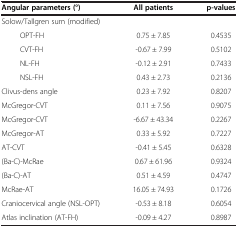
<table><thead><tr><td><b>Angular parameters (°)</b></td><td><b>All patients</b></td><td><b>p-values</b></td></tr></thead><tbody><tr><td>Solow/Tallgren sum (modified)</td><td> </td><td> </td></tr><tr><td>OPT-FH</td><td>0.75 ± 7.85</td><td>0.4535</td></tr><tr><td>CVT-FH</td><td>-0.67 ± 7.99</td><td>0.5102</td></tr><tr><td>NL-FH</td><td>-0.12 ± 2.91</td><td>0.7433</td></tr><tr><td>NSL-FH</td><td>0.43 ± 2.73</td><td>0.2136</td></tr><tr><td>Clivus-dens angle</td><td>0.23 ± 7.92</td><td>0.8207</td></tr><tr><td>McGregor-CVT</td><td>0.11 ± 7.56</td><td>0.9075</td></tr><tr><td>McGregor-CVT</td><td>-6.67 ± 43.34</td><td>0.2267</td></tr><tr><td>McGregor-AT</td><td>0.33 ± 5.92</td><td>0.7227</td></tr><tr><td>AT-CVT</td><td>-0.41 ± 5.45</td><td>0.6328</td></tr><tr><td>(Ba-C)-McRae</td><td>0.67 ± 61.96</td><td>0.9324</td></tr><tr><td>(Ba-C)-AT</td><td>0.51 ± 4.59</td><td>0.4747</td></tr><tr><td>McRae-AT</td><td>16.05 ± 74.93</td><td>0.1726</td></tr><tr><td>Craniocervical angle (NSL-OPT)</td><td>-0.53 ± 8.18</td><td>0.6054</td></tr><tr><td>Atlas inclination (AT-FH)</td><td>-0.09 ± 4.27</td><td>0.8987</td></tr></tbody></table>